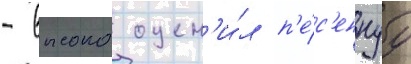
- высоко оцен'и́л п'е́с'еннуу